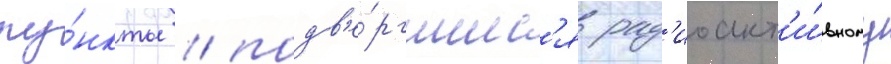
пу́нкты / подв'е́ргшиес'я рад'иоакт'и́вному